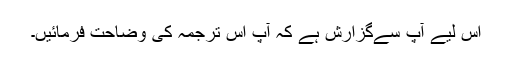
اس لیے آپ سےگزارش ہے کہ آپ اس ترجمہ کی وضاحت فرمائیں۔